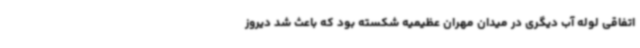
اتفاقی لوله آب دیگری در میدان مهران عظیمیه شکسته بود که باعث شد دیروز